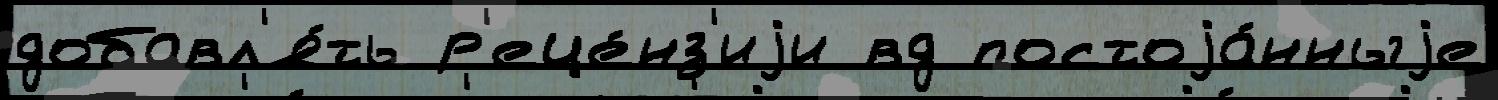
добавл'я́ть р'еце́нз'иjи вд постоjа́нныjе